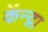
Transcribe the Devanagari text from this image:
केंन्द्रा